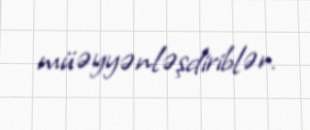
müəyyənləşdiriblər.